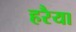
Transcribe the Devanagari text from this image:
हरैया